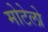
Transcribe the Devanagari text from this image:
मोटेलो